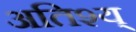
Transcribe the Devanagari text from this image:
अतिश्य्